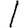
Digit: 1